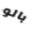
بالو